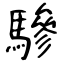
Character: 驂